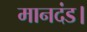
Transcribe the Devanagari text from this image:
मानदंड।